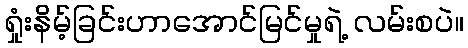
ရှုံးနိမ့်ခြင်းဟာအောင်မြင်မှုရဲ့ လမ်းစပဲ။